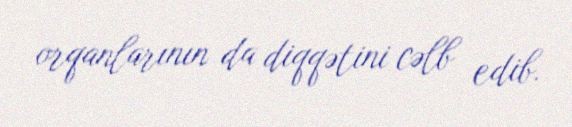
orqanlarının da diqqətini cəlb edib.